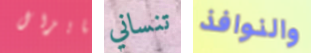
مايزال تنساني والنوافذ